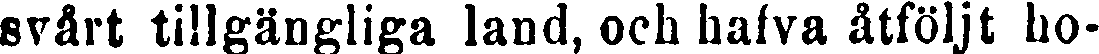
svårt tillgängliga land, och hafva åtföljt ho-